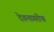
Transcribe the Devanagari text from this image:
देवनागरीच